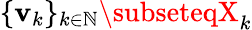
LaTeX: \{ \mathbf{v}_{k}\} _{k\in\mathbb{{N}}}\subseteqX_{k}